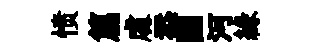
愤篇䖏忝圃河縁